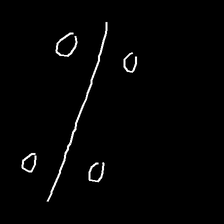
Glyph: cool